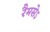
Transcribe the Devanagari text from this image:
रैमसेऽ